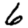
Digit: 6